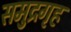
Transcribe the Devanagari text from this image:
समुद्रगृह